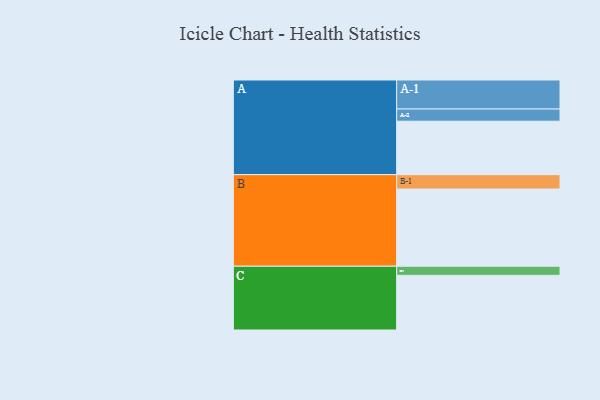
{"axis": {"x": "Segment", "y": "Value"}, "legend": ["", "A", "B", "C"], "data": [{"x": "A", "y": 346, "type": ""}, {"x": "B", "y": 500, "type": ""}, {"x": "C", "y": 354, "type": ""}, {"x": "A-1", "y": 188, "type": "A"}, {"x": "A-2", "y": 79, "type": "A"}, {"x": "B-1", "y": 93, "type": "B"}, {"x": "C-1", "y": 59, "type": "C"}]}